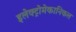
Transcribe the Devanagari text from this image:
इलेक्ट्रोमेकानिकल